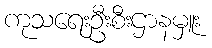
ကုသရေးဦးစီးဌာနမှူး